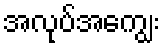
အလုပ်အကျွေး